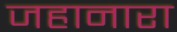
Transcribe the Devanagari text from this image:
जहानारा